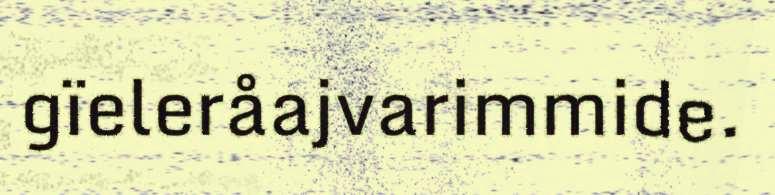
gïeleråajvarimmide.